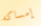
إمساكه